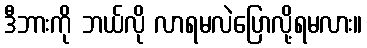
ဒီဘားကို ဘယ်လို လာရမလဲပြောလို့ရမလား။